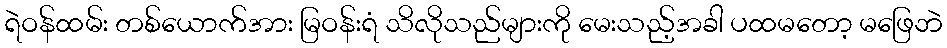
ရဲဝန်ထမ်း တစ်ယောက်အား မြဝန်းရံ သိလိုသည်များကို မေးသည့်အခါ ပထမတော့ မဖြေဘဲ